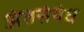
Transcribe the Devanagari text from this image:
अंतसंबंध